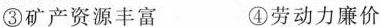
③矿产资源丰富 ④劳动力廉价